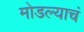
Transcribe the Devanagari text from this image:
मोडल्याचं